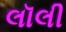
લૉલી